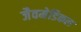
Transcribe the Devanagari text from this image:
जैवमेडिकल